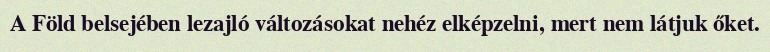
A Föld belsejében lezajló változásokat nehéz elképzelni, mert nem látjuk őket.